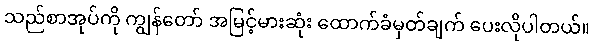
သည်စာအုပ်ကို ကျွန်တော် အမြင့်မားဆုံး ထောက်ခံမှတ်ချက် ပေးလိုပါတယ်။